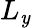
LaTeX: L_{\mathit{y}}